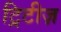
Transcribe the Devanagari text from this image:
ट्रिटीज़